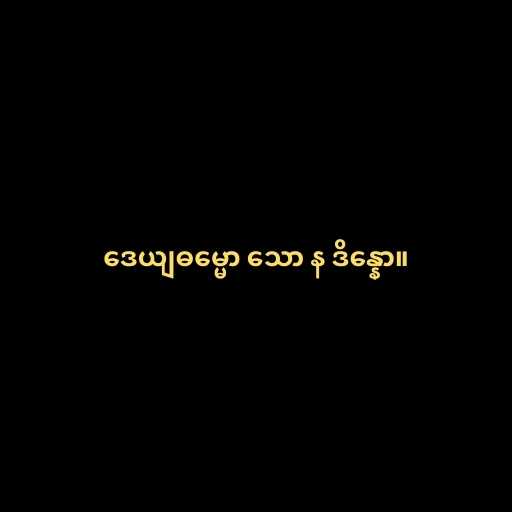
ဒေယျဓမ္မော သော န ဒိန္နော။